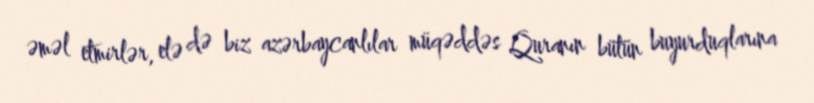
əməl etmirlər, elə də biz azərbaycanlılar müqəddəs Quranın bütün buyurduqlarına